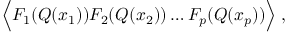
\Big \langle F _ { 1 } ( Q ( x _ { 1 } ) ) F _ { 2 } ( Q ( x _ { 2 } ) ) \dots F _ { p } ( Q ( x _ { p } ) ) \Big \rangle \; ,